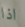
اذا